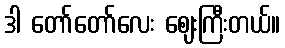
ဒါ တော်တော်လေး ဈေးကြီးတယ်။